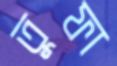
তুফা